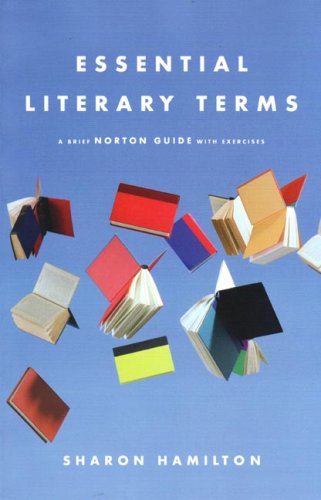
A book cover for Essential Literary Terms: A Brief Norton Guide with Exercises; Sharon Hamilton; Literature & Fiction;